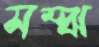
সম্‌ঝ